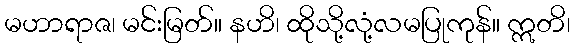
မဟာရာဇ၊ မင်းမြတ်။ နဟိ၊ ထိုသို့လုံ့လမပြုကုန်။ ဣတိ၊